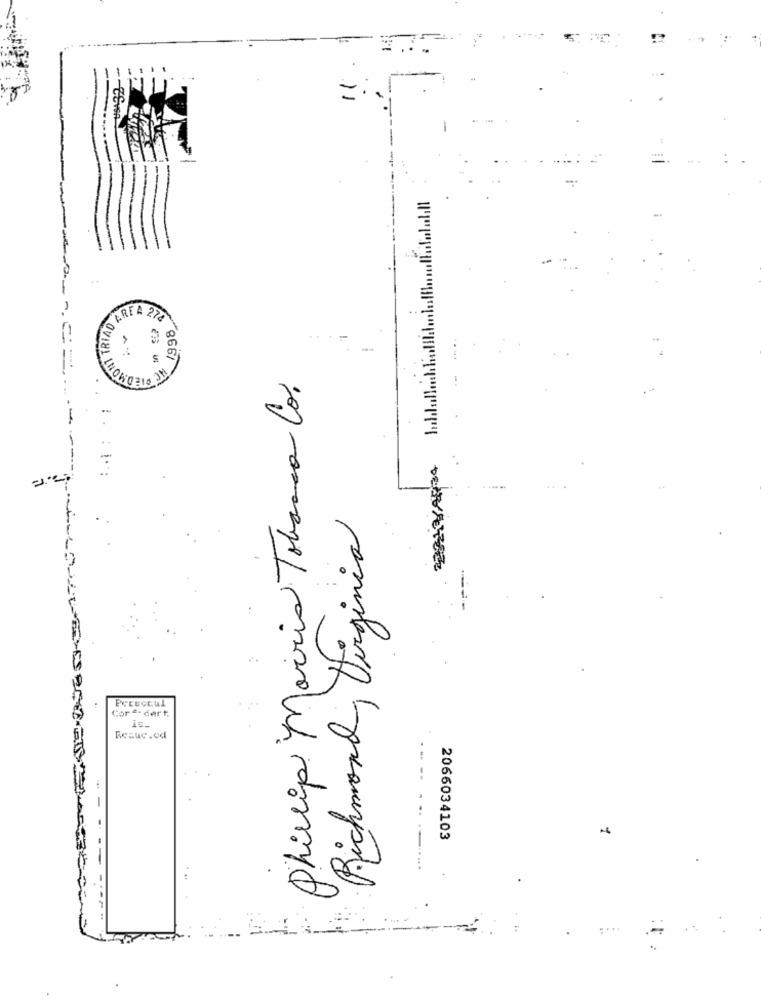
=
..
1998
DARE A 272
Phillip Morris Tobanca Co.
--
Richmond, Virginia
PREUCELL
CorE-cert,
Recuc.cd
---
. ..
2066034103
.....
-------
....